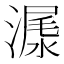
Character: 𣻨